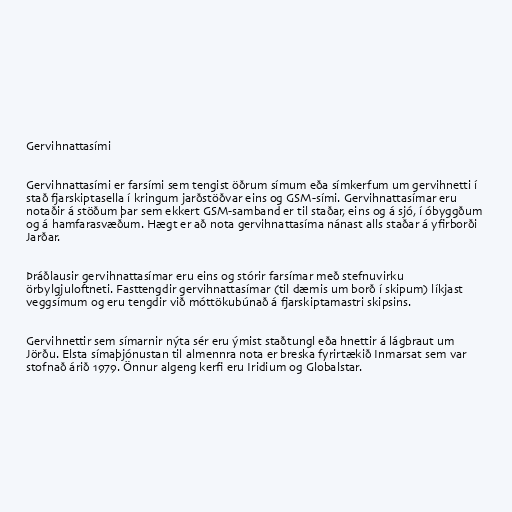
Gervihnattasími

Gervihnattasími er farsími sem tengist öðrum símum eða símkerfum um gervihnetti í
stað fjarskiptasella í kringum jarðstöðvar eins og GSM-sími. Gervihnattasímar eru
notaðir á stöðum þar sem ekkert GSM-samband er til staðar, eins og á sjó, í óbyggðum
og á hamfarasvæðum. Hægt er að nota gervihnattasíma nánast alls staðar á yfirborði
Jarðar.

Þráðlausir gervihnattasímar eru eins og stórir farsímar með stefnuvirku
örbylgjuloftneti. Fasttengdir gervihnattasímar (til dæmis um borð í skipum) líkjast
veggsímum og eru tengdir við móttökubúnað á fjarskiptamastri skipsins.

Gervihnettir sem símarnir nýta sér eru ýmist staðtungl eða hnettir á lágbraut um
Jörðu. Elsta símaþjónustan til almennra nota er breska fyrirtækið Inmarsat sem var
stofnað árið 1979. Önnur algeng kerfi eru Iridium og Globalstar.